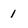
Character: 1